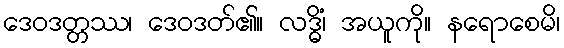
ဒေဝဒတ္တဿ၊ ဒေဝဒတ်၏။ လဒ္ဓိံ၊ အယူကို။ နရောစေမိ၊